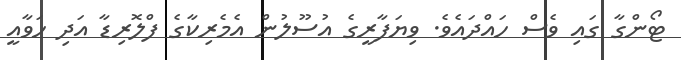
ޓޯންގާ ގައި ވެސް ހައްދައެވެ. ވިޔަފާރީގެ އުސޫލުން އެމެރިކާގެ ފްލޮރިޑާ އަދި ހަވާއީ